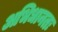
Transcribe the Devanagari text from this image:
अभिधानतः